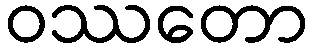
ဝဿတော